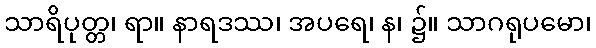
သာရိပုတ္တ၊ ရာ။ နာရဒဿ၊ အပရေ၊ န၊ ၌။ သာဂရုပမော၊